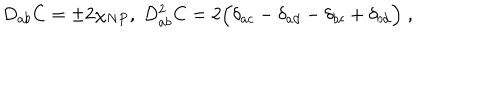
LaTeX: D _ { a b } C = \pm 2 \chi _ { N P } , \; D _ { a b } ^ { 2 } C = 2 \Bigl ( \delta _ { a c } - \delta _ { a d } - \delta _ { b c } + \delta _ { b d } \Bigr ) \; ,